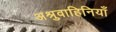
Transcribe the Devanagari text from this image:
अश्रुवाहिनियाँ